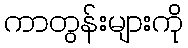
ကာတွန်းများကို